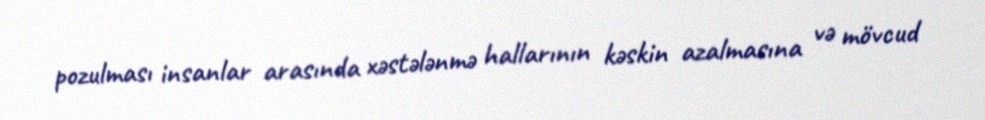
pozulması insanlar arasında xəstələnmə hallarının kəskin azalmasına və mövcud